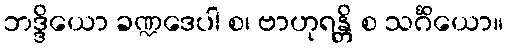
ဘဒ္ဒိယော ခဏ္ဍဒေပါ စ၊ ဗာဟုရန္တိ စ သင်္ဂိယော။